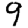
Digit: 9